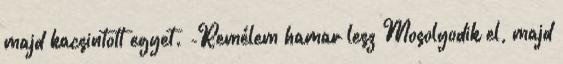
majd kacsintott egyet. -Remélem hamar lesz Mosolyodik el, majd